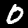
Digit: 0